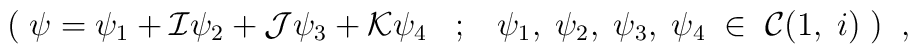
( \; \psi=\psi_{1} +{\cal I}\psi_{2}+{\cal J}\psi_{3}+{\cal K}\psi_{4}\; \; \; ;\; \; \; \psi_{1}, \; \psi_{2}, \; \psi_{3}, \; \psi_{4} \; \in\;  {\cal C}(1, \; i) \; ) \; \; ,